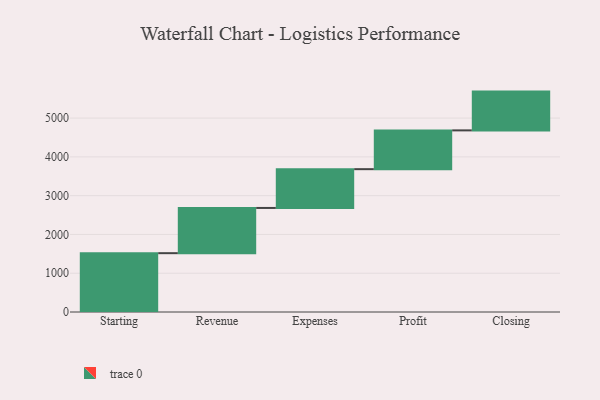
{"axis": {"x": "Step", "y": "Value"}, "legend": [""], "data": [{"x": "Starting", "y": 1517.0, "type": ""}, {"x": "Revenue", "y": 1166.0, "type": ""}, {"x": "Expenses", "y": 1000, "type": ""}, {"x": "Profit", "y": 1000, "type": ""}, {"x": "Closing", "y": 1000, "type": ""}]}